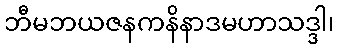
ဘီမဘယဇနကနိနာဒမဟာသဒ္ဒါ၊